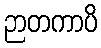
ဉာတကာပိ